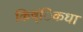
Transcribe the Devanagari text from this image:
किष्ंिकधा